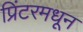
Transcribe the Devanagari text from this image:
प्रिंटरमधून